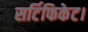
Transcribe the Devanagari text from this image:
सर्टिफिकेट।